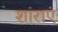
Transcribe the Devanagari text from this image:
शाराए